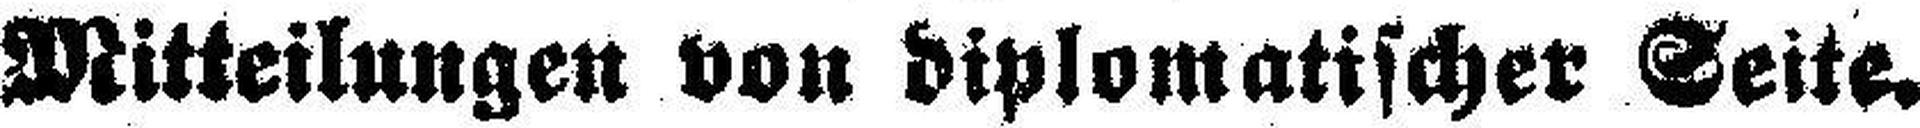
Mitteilungen von diplomatischer Seite.